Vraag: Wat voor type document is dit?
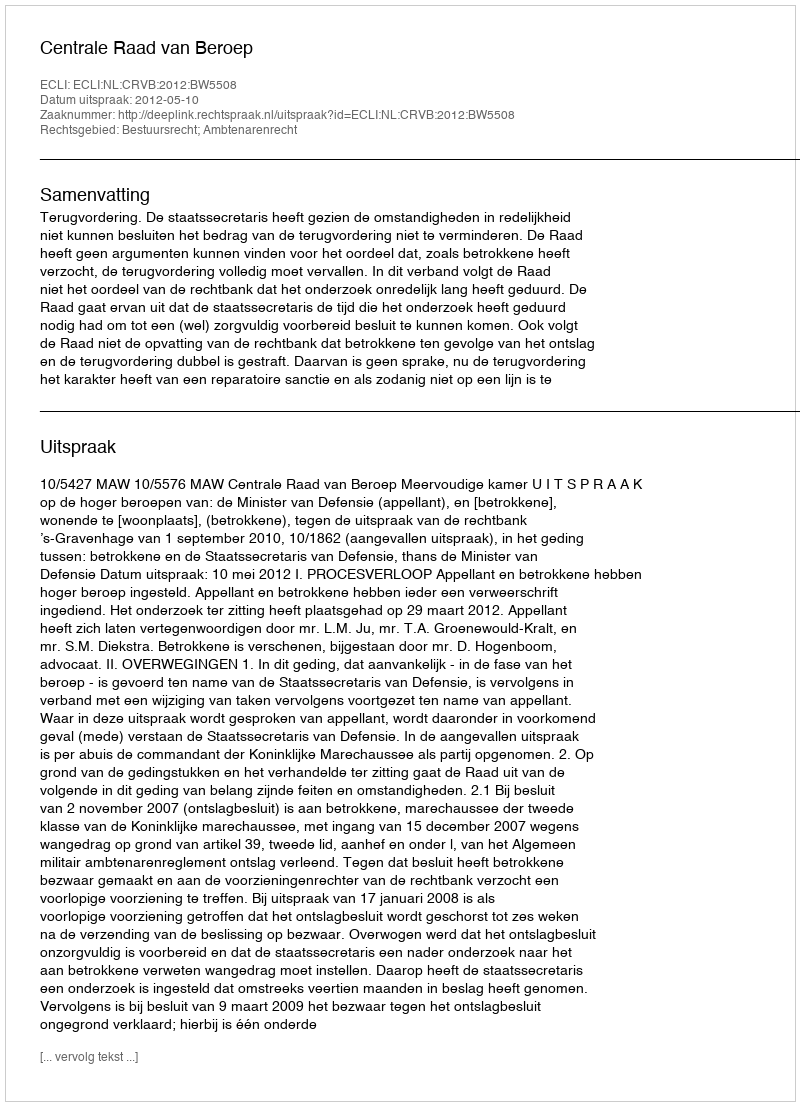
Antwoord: Uitspraak